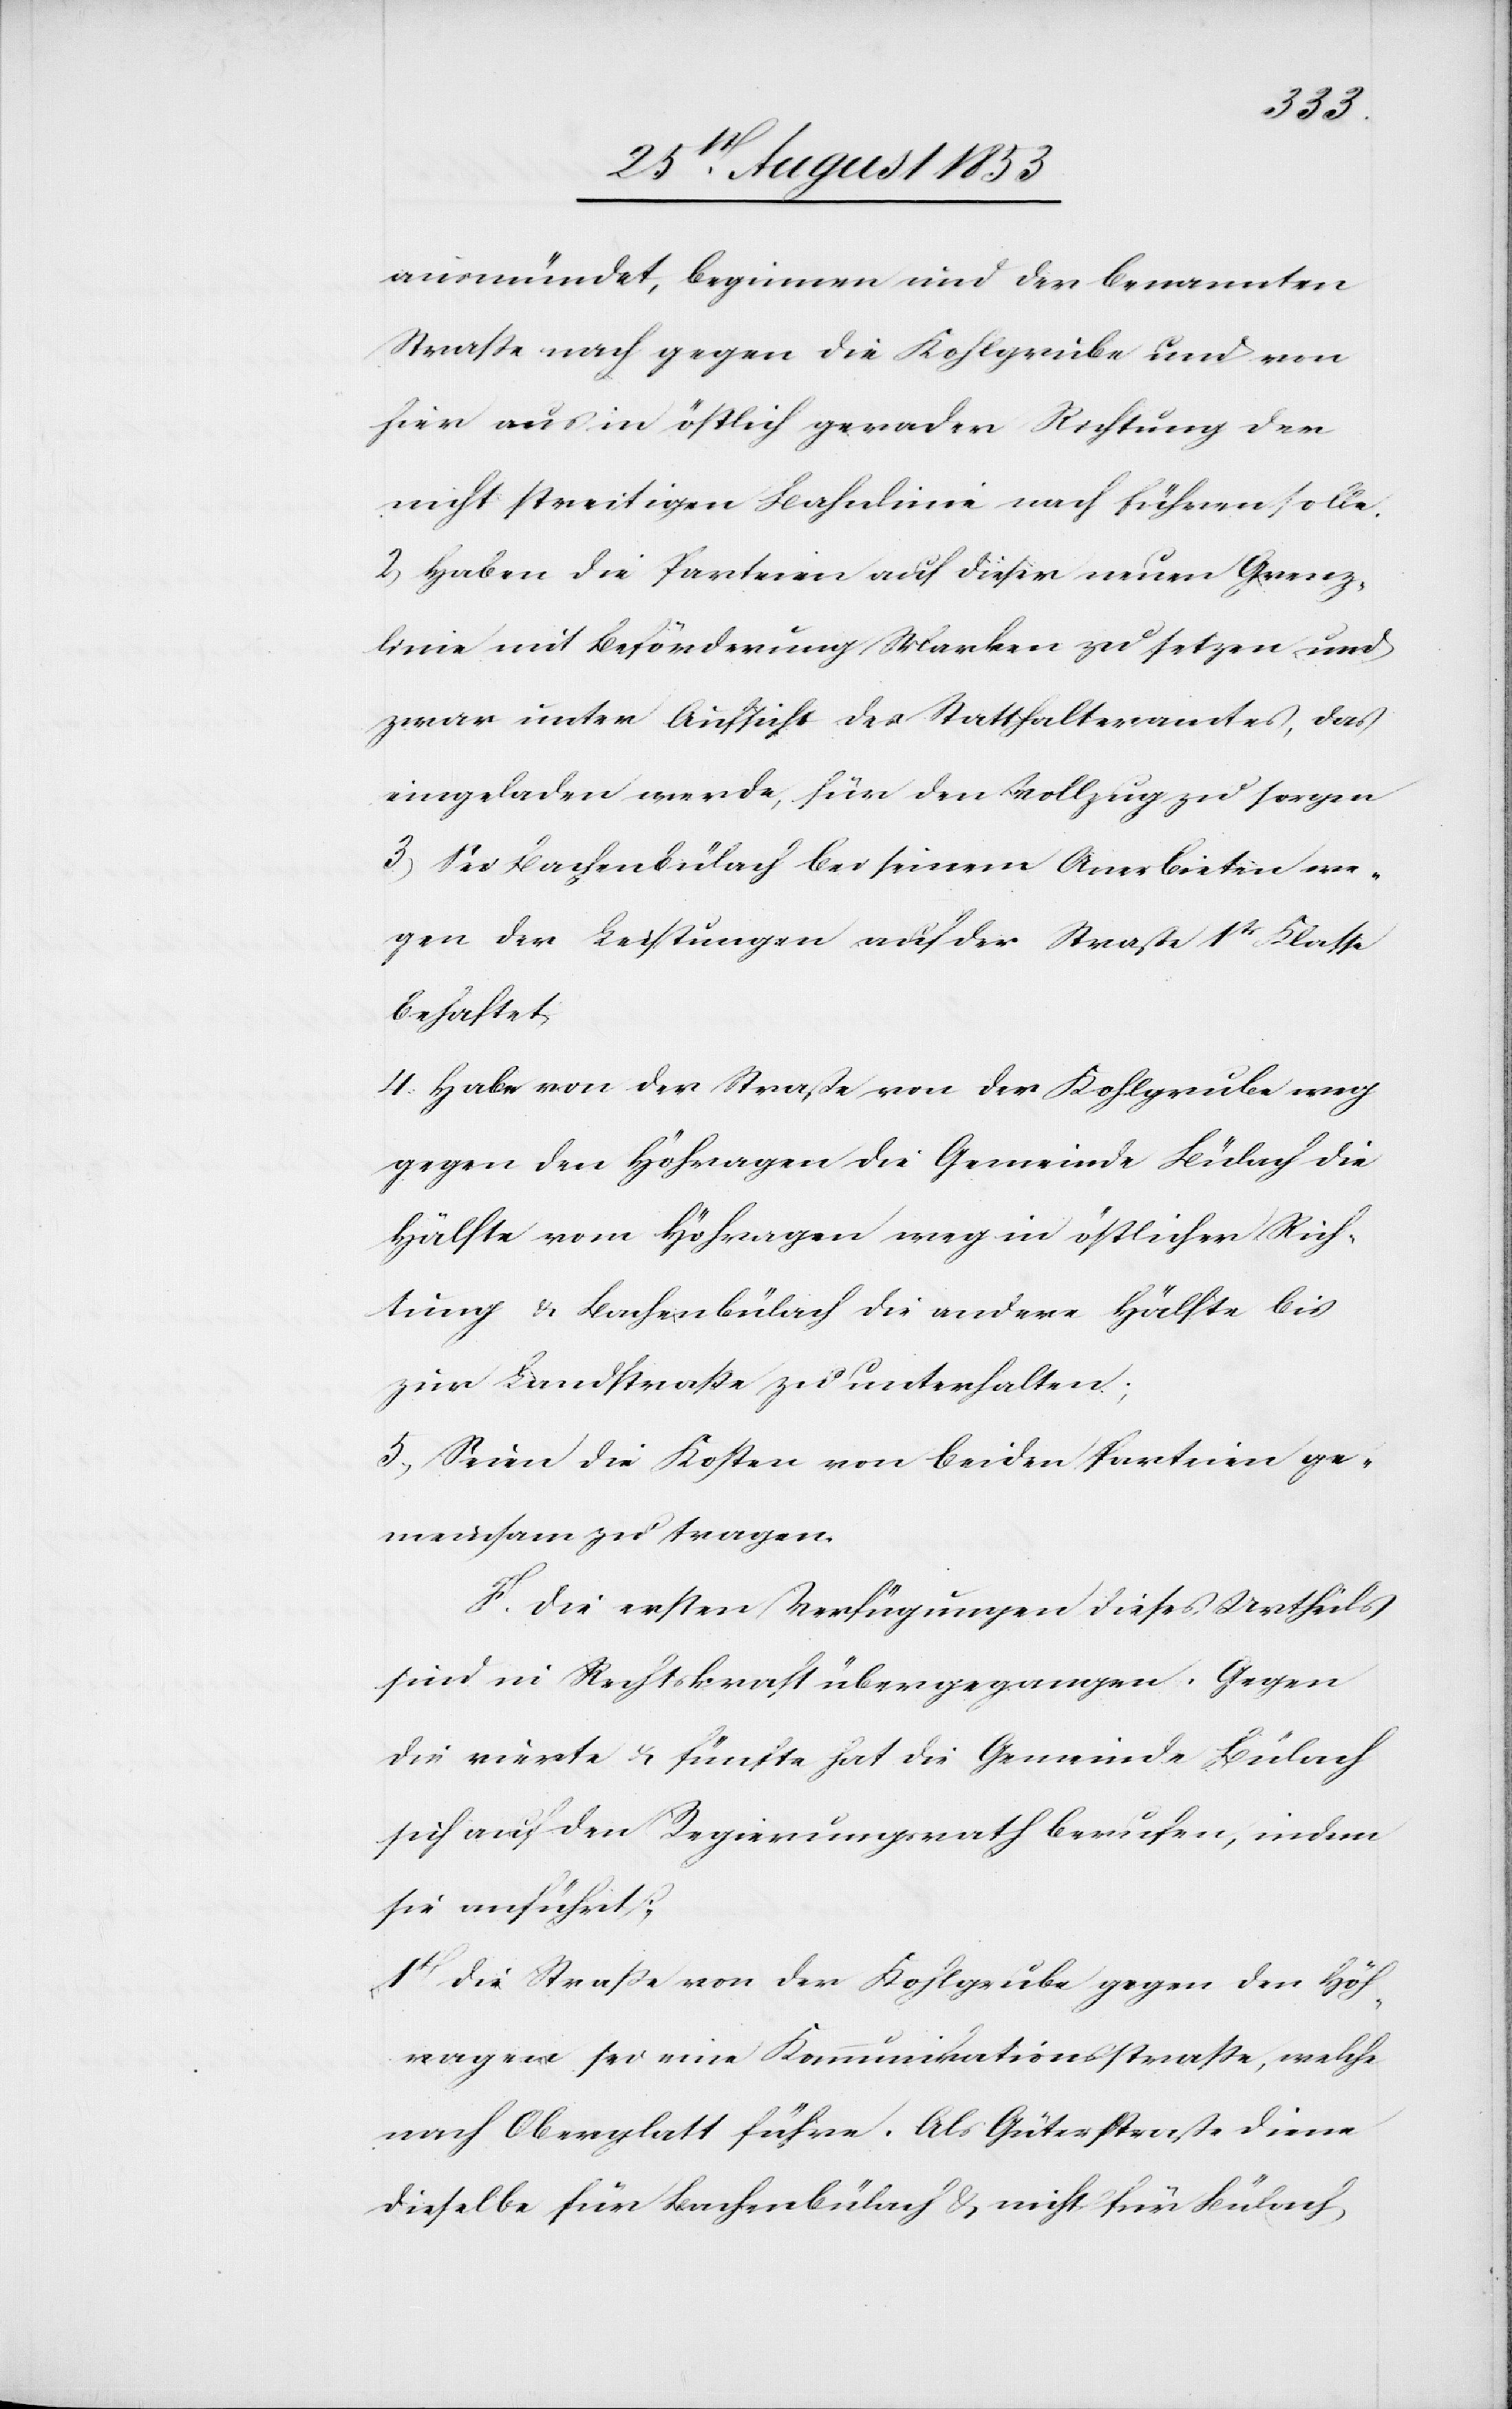
ausmündet, beginnen und der benannten
Straße nach gegen die Kohlgrube und von
hier aus in östlich gerader Richtung der
nicht streitigen Bahnlinie nach führen solle.
2, Haben die Parteien auf dieser neuen Grenz¬
linie mit Beförderung Marken zu setzen und
zwar unter Aufsicht des Statthalteramtes, das
eingeladen werde, für den Vollzug zu sorgen.
3, Sei Bachenbülach bei seinem Anerbieten we¬
gen der Leistungen auf der Straße 1tr Klasse
behaftet.
4 Habe von der Straße von der Kohlgrube weg
gegen den Höhragen die Gemeinde Bülach die
Hälfte vom Höhragen weg in östlicher Rich¬
tung u. Bachenbülach die andere Hälfte bis
zur Landstraße zu unterhalten;
5, Seien die Kosten von beiden Parteien ge¬
meinsam zu tragen.
F. Die ersten Verfügungen dieses Urtheils
sind in Rechtskraft übergegangen. Gegen
die vierte u. fünfte hat die Gemeinde Bülach
sich auf den Regierungsrath berufen, indem
sie anführt;
1t die Straße von der Kohlgrube gegen den Höh¬
ragen sei eine Kommunikationsstraße, welche
nach Oberglatt führe. Als Güterstraße diene
dieselbe für Bachenbülach u. nicht für Bülach.